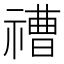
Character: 䄚